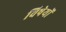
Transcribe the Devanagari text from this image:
विषेयों